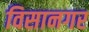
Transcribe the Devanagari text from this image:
विसानगर